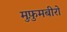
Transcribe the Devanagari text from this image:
मुफ़ुमबीरो